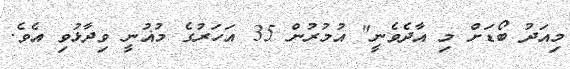
މިއަދު ބޯޑަށް މި އާދެވެނީ" އުމުރުން 35 އަހަރުގެ މުޣުނީ ވިދާޅުވި އެވެ.